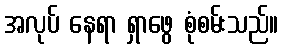
အလုပ် နေရာ ရှာဖွေ စုံစမ်းသည်။